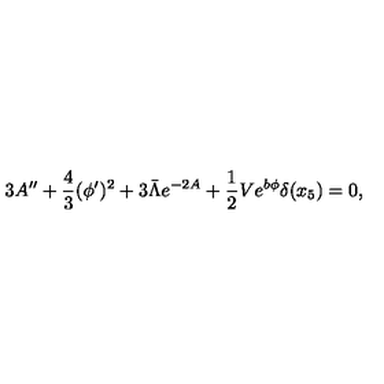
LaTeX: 3 A ^ { \prime \prime } + \frac { 4 } { 3 } ( \phi ^ { \prime } ) ^ { 2 } + 3 \bar { \Lambda } e ^ { - 2 A } + \frac { 1 } { 2 } V e ^ { b \phi } \delta ( x _ { 5 } ) = 0 ,